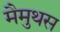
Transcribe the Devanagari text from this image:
मैमुथस